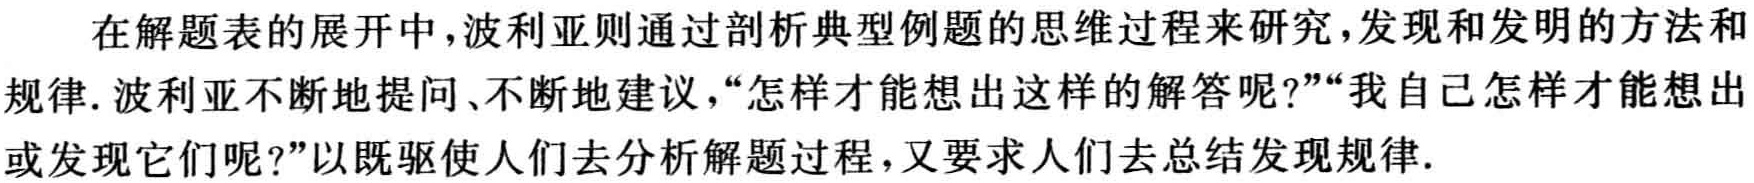
在解题表的展开中，波利亚则通过剖析典型例题的思维过程来研究，发现和发明的方法和
规律. 波利亚不断地提问、不断地建议，“怎样才能想出这样的解答呢?”“我自己怎样才能想出
或发现它们呢?”以既驱使人们去分析解题过程，又要求人们去总结发现规律.